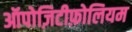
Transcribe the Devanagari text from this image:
ऑपोज़िटीफ़ोलियम